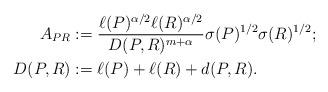
LaTeX: \begin{align*}A_{PR} &:= \frac{\ell(P)^{\alpha/2}\ell(R)^{\alpha/2}}{D(P,R)^{m+\alpha}} \sigma(P)^{1/2}\sigma(R)^{1/2}; \\D(P,R) &:= \ell(P) + \ell(R) + d(P,R).\end{align*}